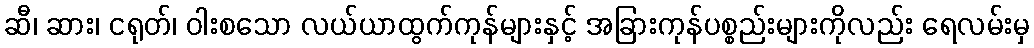
ဆီ၊ ဆား၊ ငရုတ်၊ ဝါးစသော လယ်ယာထွက်ကုန်များနှင့် အခြားကုန်ပစ္စည်းများကိုလည်း ရေလမ်းမှ